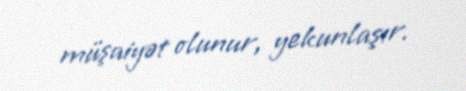
müşaiyət olunur, yekunlaşır.